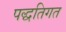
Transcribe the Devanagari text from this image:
पद्धतिगत